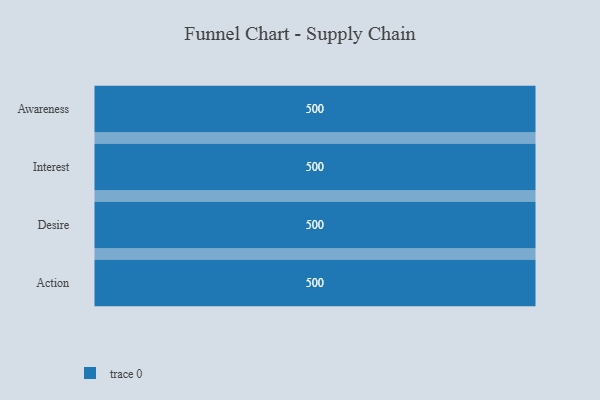
{"axis": {"x": "Stage", "y": "Value"}, "legend": [""], "data": [{"x": "Awareness", "y": 500, "type": ""}, {"x": "Interest", "y": 500, "type": ""}, {"x": "Desire", "y": 500, "type": ""}, {"x": "Action", "y": 500, "type": ""}]}